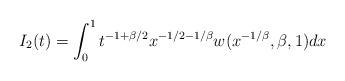
LaTeX: \begin{align*}I_{2}(t)=\int_{0}^{1}t^{-1 + \beta/2}x^{-1/2-1/\beta}w(x^{-1/\beta}, \beta, 1)dx\end{align*}